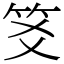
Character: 笅